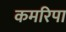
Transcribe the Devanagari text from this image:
कमरिपा